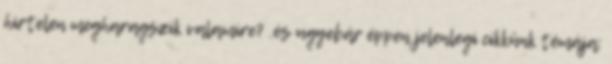
hirtelen megharagszik valamire? .és ugyebár éppen jelenlegi cikkünk témája: